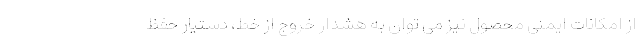
از امکانات ایمنی محصول نیز می توان به هشدار خروج از خط، دستیار حفظ